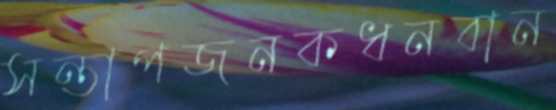
সন্তাপজনকধনবান